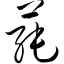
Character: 莼